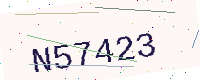
Text: N57423